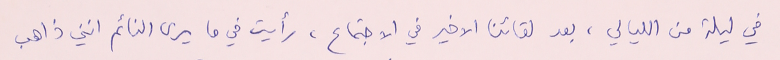
في ليلة من الليالي، بعد لقائنا الاخير في الاجتماع، رأيت في ما يرى النائم انني ذاهب